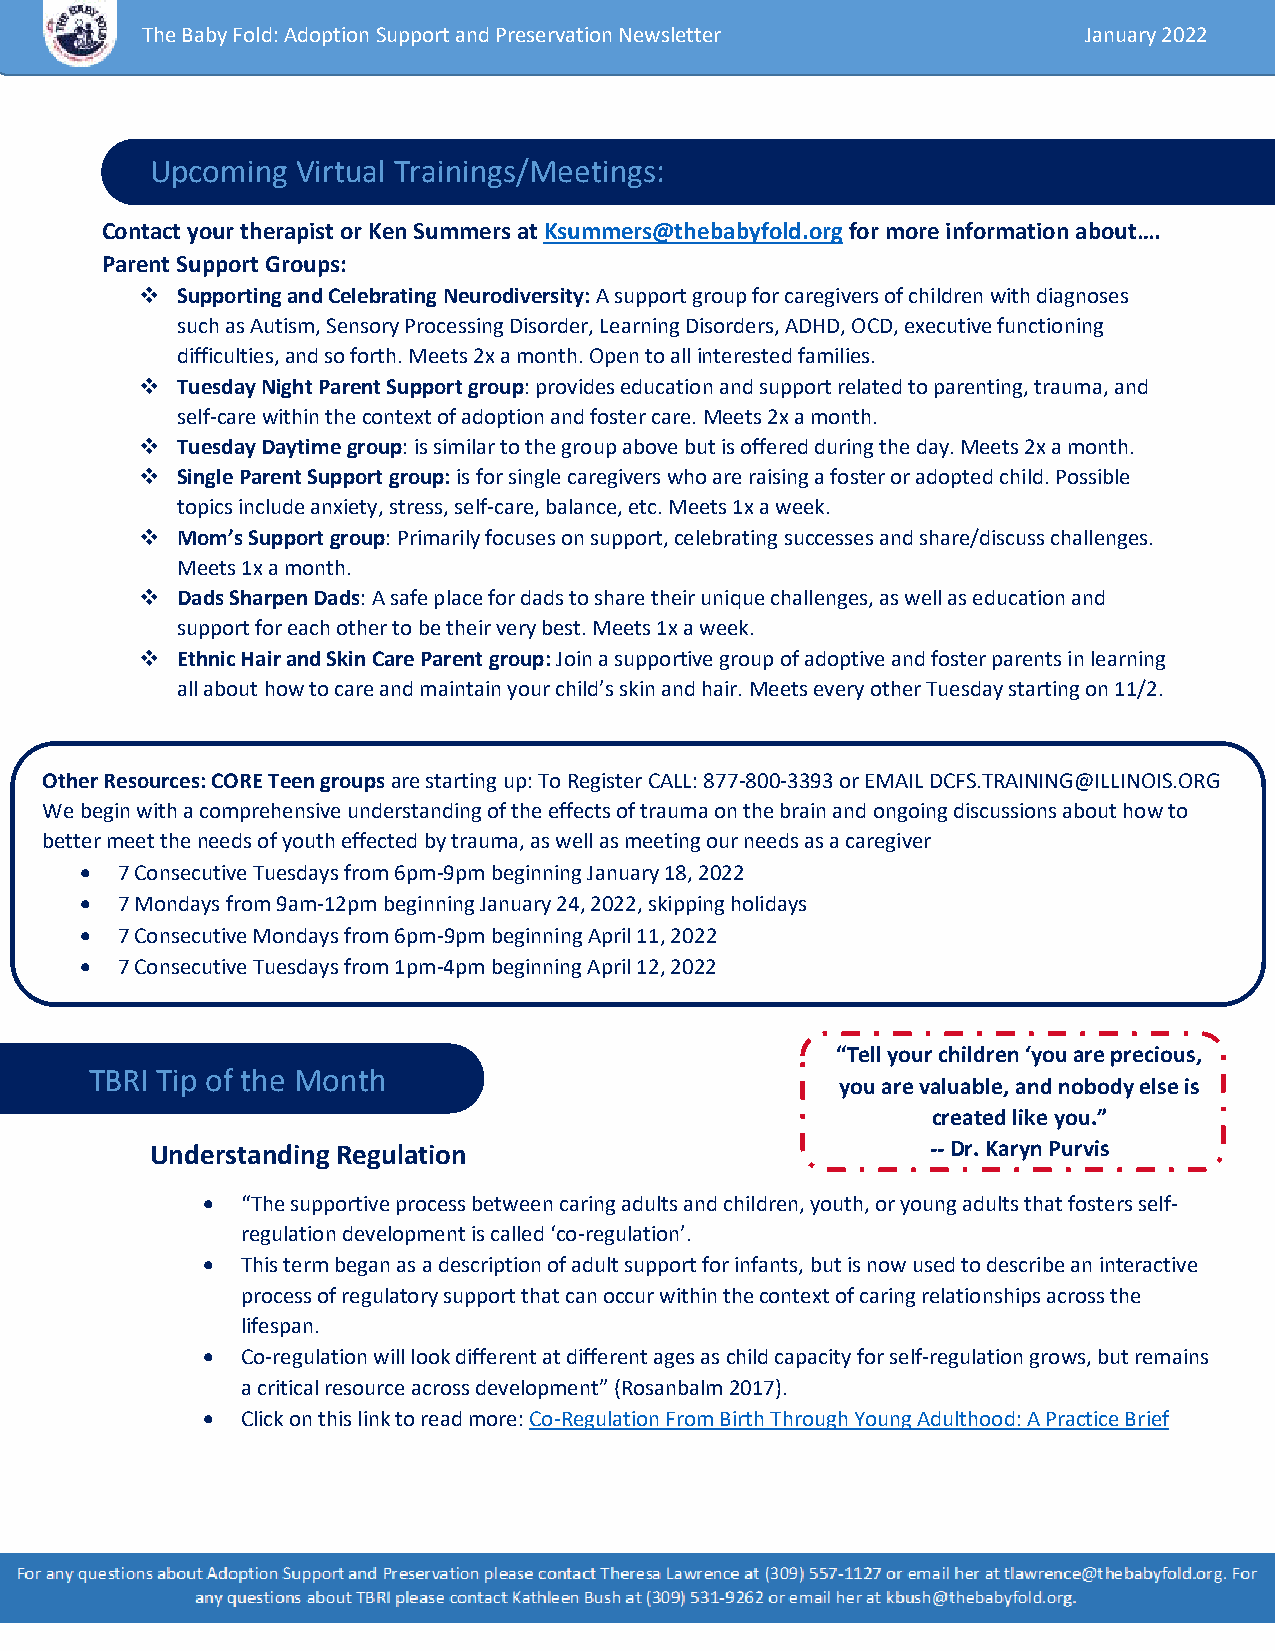
The Baby Fold: Adoption Support and Preservation Newsletter    January 2022
 Upcoming  Virtual Trainings/Meetings:
 Contact your therapist or Ken Summers at Ksummers@thebabyfold.org for more information about….
 Parent Support Groups:
   Supporting and Celebrating Neurodiversity: A support group for caregivers of children with diagnoses
 such as Autism, Sensory Processing Disorder, Learning Disorders, ADHD, OCD, executive functioning
 difficulties, and so forth. Meets 2x a month. Open to all interested families.
   Tuesday Night Parent Support group: provides education and support related to parenting, trauma, and
 self-care within the context of adoption and foster care. Meets 2x a month.
   Tuesday Daytime group: is similar to the group above but is offered during the day. Meets 2x a month.
   Single Parent Support group: is for single caregivers who are raising a foster or adopted child. Possible
 topics include anxiety, stress, self-care, balance, etc. Meets 1x a week.
   Mom’s Support group: Primarily focuses on support, celebrating successes and share/discuss challenges.
 Meets 1x a month.
   Dads Sharpen Dads: A safe place for dads to share their unique challenges, as well as education and
 support for each other to be their very best. Meets 1x a week.
   Ethnic Hair and Skin Care Parent group: Join a supportive group of adoptive and foster parents in learning
 all about how to care and maintain your child’s skin and hair. Meets every other Tuesday starting on 11/2.
 Other Resources: CORE Teen groups are starting up: To Register CALL: 877-800-3393 or EMAIL DCFS.TRAINING@ILLINOIS.ORG
 We begin with a comprehensive understanding of the effects of trauma on the brain and ongoing discussions about how to
 better meet the needs of youth effected by trauma, as well as meeting our needs as a caregiver
   7 Consecutive Tuesdays from 6pm-9pm beginning January 18, 2022
   7 Mondays from 9am-12pm beginning January 24, 2022, skipping holidays
   7 Consecutive Mondays from 6pm-9pm beginning April 11, 2022
   7 Consecutive Tuesdays from 1pm-4pm beginning April 12, 2022
 “Tell your children ‘you are precious,
 TBRI Tip of the Month
 you are valuable, and nobody else is
 created like you.”
 Understanding Regulation                            -- Dr. Karyn Purvis
   “The supportive process between caring adults and children, youth, or young adults that fosters self-
 regulation development is called ‘co-regulation’.
   This term began as a description of adult support for infants, but is now used to describe an interactive
 process of regulatory support that can occur within the context of caring relationships across the
 lifespan.
   Co-regulation will look different at different ages as child capacity for self-regulation grows, but remains
 a critical resource across development” (Rosanbalm 2017).
   Click on this link to read more: Co-Regulation From Birth Through Young Adulthood: A Practice Brief